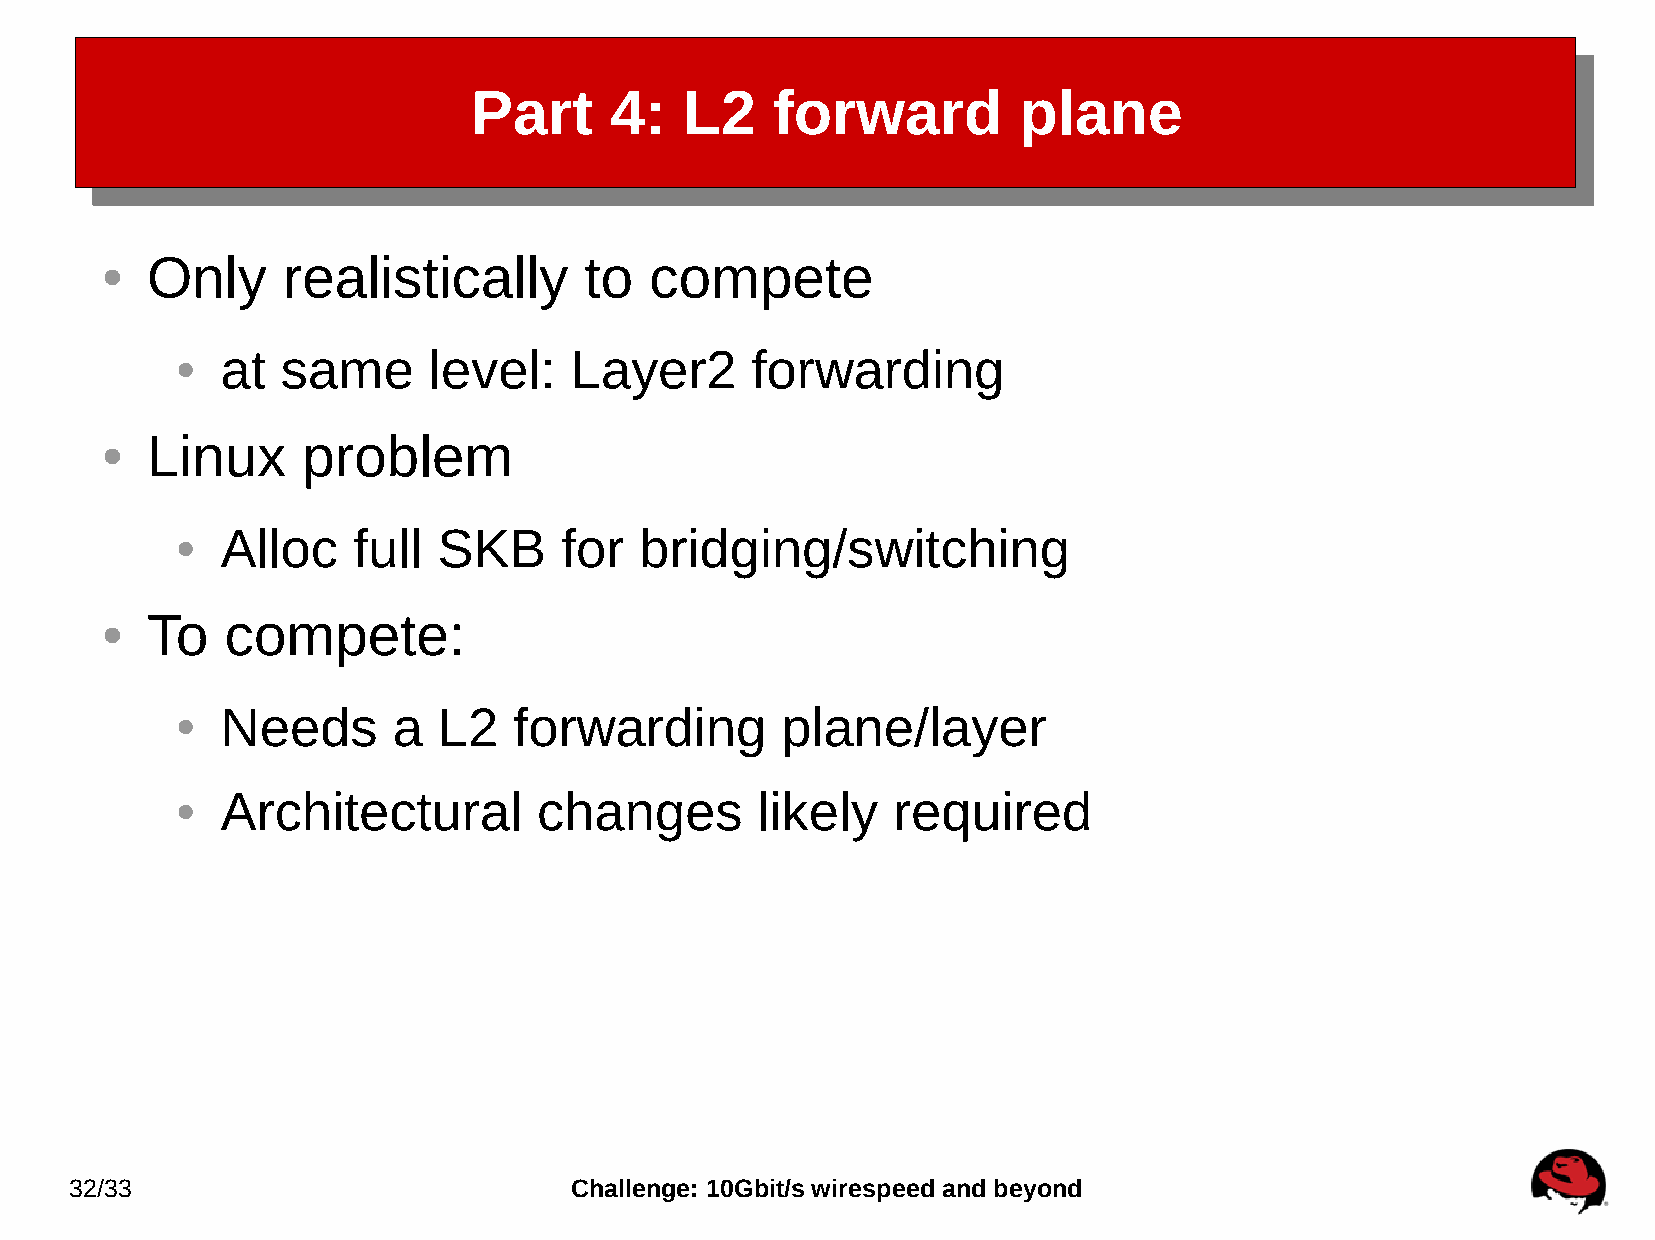
Part     4:   L2    forward         plane
 Only     realistically       to  compete
 ●
 at  same     level:    Layer2      forwarding
 ●
 Linux     problem
 ●
 Alloc   full  SKB     for  bridging/switching
 ●
 To   compete:
 ●
 Needs      a  L2   forwarding        plane/layer
 ●
 Architectural        changes       likely   required
 ●
 32/33                            Challenge: 10Gbit/s wirespeed and beyond